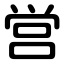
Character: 営